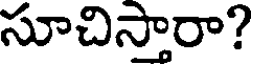
సూచిస్తారా?